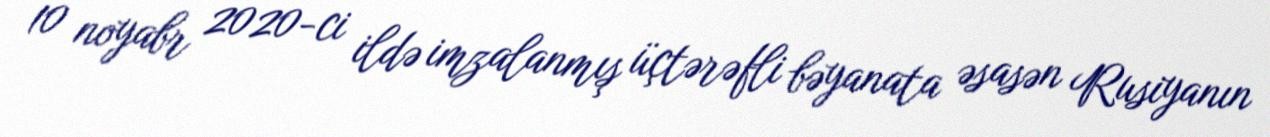
10 noyabr 2020-ci ildə imzalanmış üçtərəfli bəyanata əsasən Rusiyanın